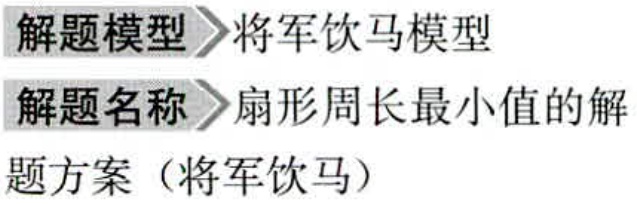
解题模型 将军饮马模型

解题名称 扇形周长最小值的解

题方案（将军饮马）